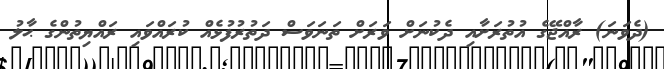
(ދެވަނަ) ރާއްޖޭގެ އުތުރަށާއި ދެކުނަށް ވަރަށް ތަނަވަސް ދަތުރުފުޅެއް ކުރައްވައި ރައްޔިތުންގެ ޙާލު